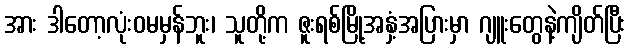
အား ဒါတော့လုံးဝမမှန်ဘူး၊ သူတို့က ဇူးရစ်မြို့အနှံ့အပြားမှာ ဂျူးတွေနဲ့ကျိတ်ပြီး